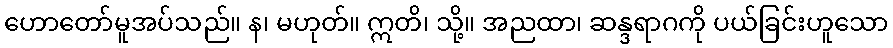
ဟောတော်မူအပ်သည်။ န၊ မဟုတ်။ ဣတိ၊ သို့။ အညထာ၊ ဆန္ဒရာဂကို ပယ်ခြင်းဟူသော